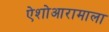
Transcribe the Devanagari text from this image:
ऐशोआरामाला